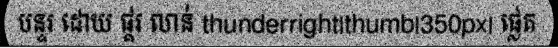
បន្ទរ ដោយ ផ្គរ លាន់ thunderright|thumb|350px| ផ្លេត